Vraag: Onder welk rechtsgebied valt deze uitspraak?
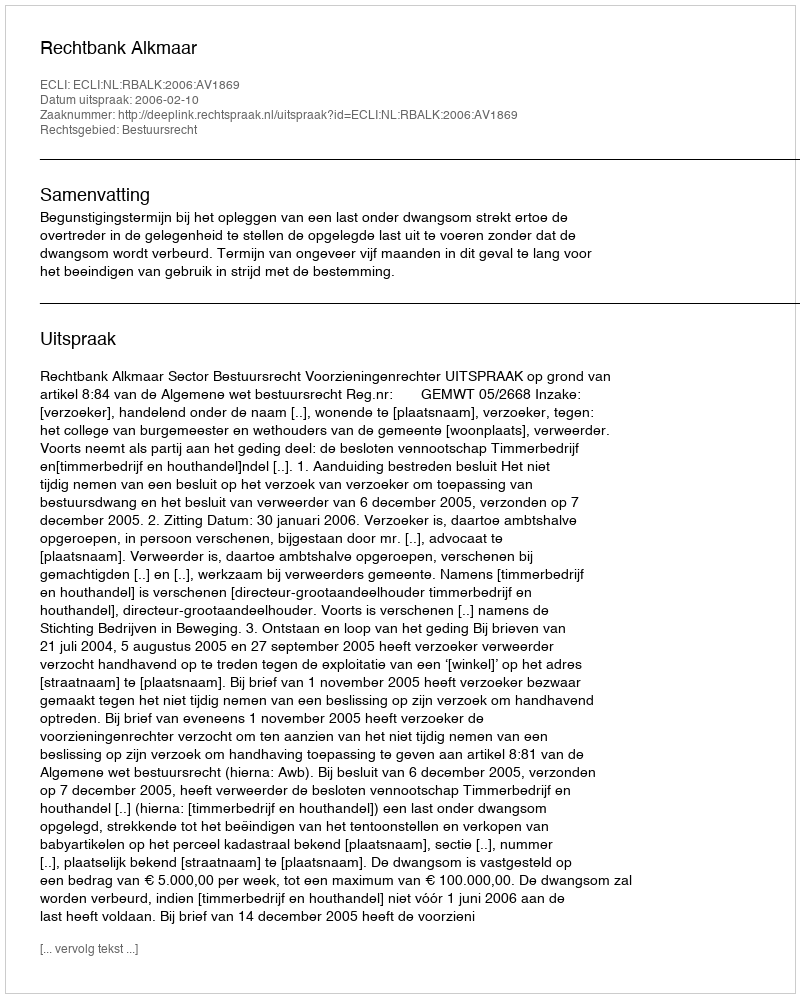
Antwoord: Bestuursrecht